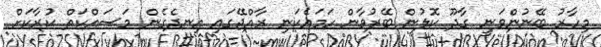
މިހާރު ބޭނުންވަނީ ގާދޫ ކޮލުން ބޭރުވާން ހަމައެކަނި ރާއްޖޭގައި އިނދެގެން މަސައްކަތް ކުރާކަށް